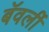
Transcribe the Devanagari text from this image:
बॅवर्ली